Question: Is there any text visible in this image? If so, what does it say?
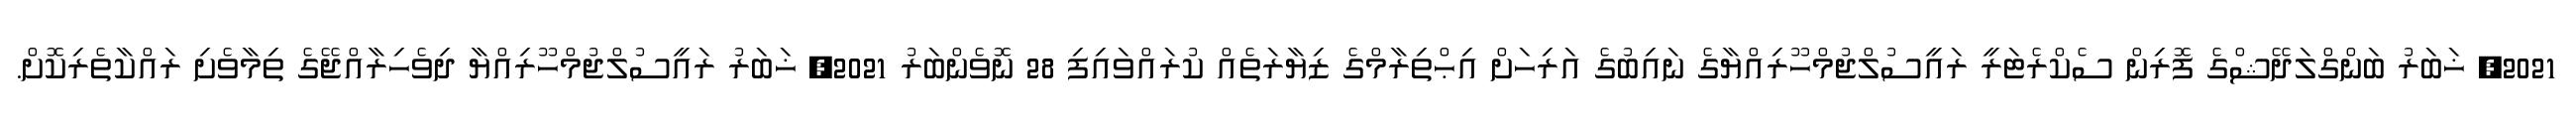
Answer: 2021, ޚަބަރު ބަންގްލަދޭޝްގެ ފޮރިން ސެކްރެޓަރީ ރައީސުލްޖުމްހޫރިއްޔާގެ ނައިބުގެ އަރިހަށް އިޙްތިރާމްގެ ޒިޔާރަތެއް ކުރައްވައިފި 28 ނޮވެންބަރު 2021, ޚަބަރު ރައީސުލްޖުމްހޫރިއްޔާ ދިވެހިރާއްޖޭގެ ތިމާވެށި ރައްކާތެރިކޮށް.